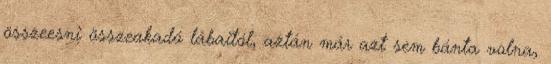
összeesni összeakadó lábaitól, aztán már azt sem bánta volna,